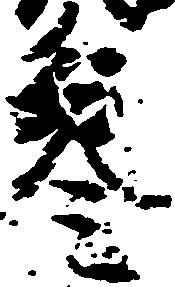
参